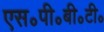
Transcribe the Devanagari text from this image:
एस॰पी॰बी॰टी॰